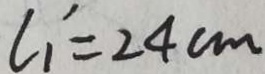
l _ { 1 } ^ { \prime } = 2 4 c m